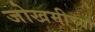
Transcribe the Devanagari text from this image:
जोखमीच्या